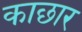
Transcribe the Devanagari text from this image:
काछार